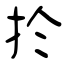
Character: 扵